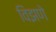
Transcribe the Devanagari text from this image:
विझणे